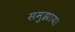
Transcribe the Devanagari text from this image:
समुझाय।